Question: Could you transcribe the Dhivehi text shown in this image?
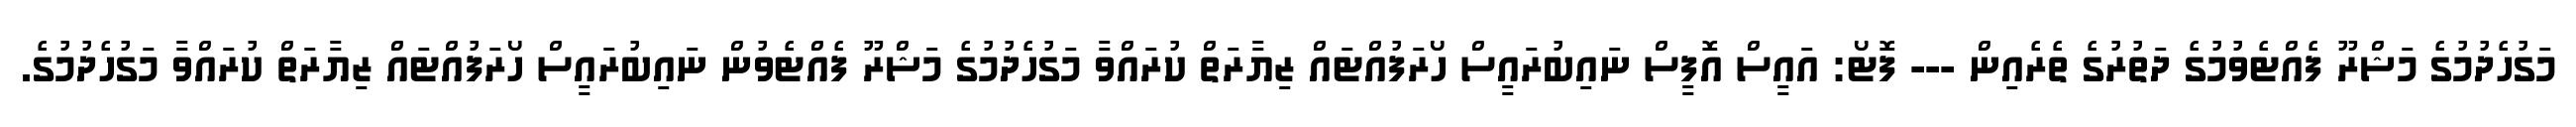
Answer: މަގުހެދުމުގެ މަޝްރޫ ފެއްޓެވުމުގެ ދަތުރުގެ ތެރެއިން --- ފޮޓޯ: އައީސް އޮފީސް ނައިބުރައީސް ހޯރަފުއްޓައް ޒިޔާރަތް ކުރައްވާ މަގުހެދުމުގެ މަޝްރޫ ފެއްޓެވުން ނައިބުރައީސް ހޯރަފުއްޓައް ޒިޔާރަތް ކުރައްވާ މަގުހެދުމުގެ.